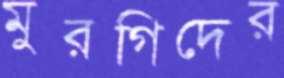
মুরগিদের